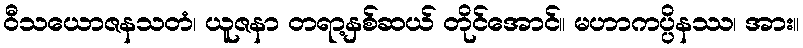
ဝီသယောဇနသတံ၊ ယူဇနာ တရာ့နှစ်ဆယ် တိုင်အောင်။ မဟာကပ္ပိနဿ၊ အား။